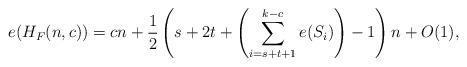
LaTeX: \begin{align*}e(H_F(n,c)) = cn + \frac{1}{2}\left(s+2t+\left(\sum_{i=s+t+1}^{k-c} e(S_i)\right)-1\right)n+O(1),\end{align*}